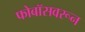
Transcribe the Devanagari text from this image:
फोबॉसवरून